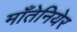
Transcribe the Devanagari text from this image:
माँतेनियेर